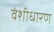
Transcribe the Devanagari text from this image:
वंशीधारण